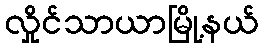
လှိုင်သာယာမြို့နယ်